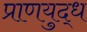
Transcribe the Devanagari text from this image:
प्राणयुद्ध